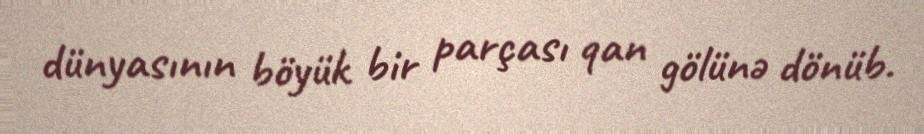
dünyasının böyük bir parçası qan gölünə dönüb.